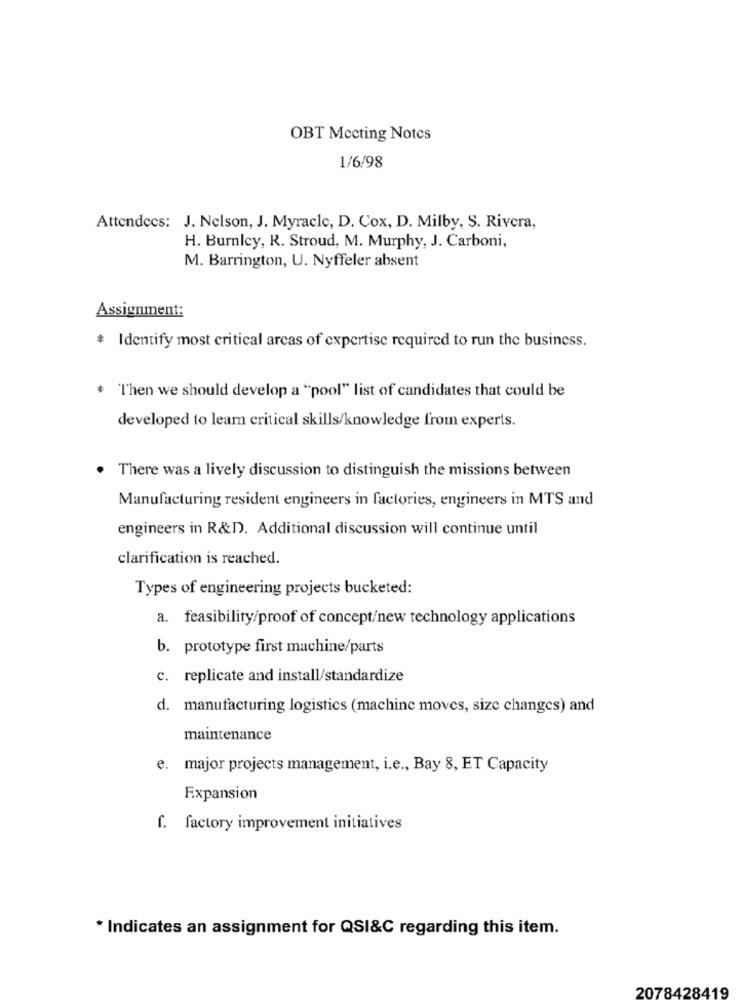
OBT Meeting Notes
1/6/98
Attendees: J. Nelson, J. Myracle, D. Cox, D. Milby, S. Rivera,
H. Burnley, R. Stroud, M. Murphy, J. Carboni,
M. Barrington, U. Nyffeler absent
Assignment:
* Identify most critical arcas of expertise required to run the business.
* "Then we should develop a "pool" list of candidates that could be
developed to learn critical skills/knowledge from experts.
There was a lively discussion to distinguish the missions between
Manufacturing resident engineers in factories, engineers in MTS and
engineers in R&D. Additional discussion will continue until
clarification is reached.
Types of engineering projects bucketed:
a. feasibility/proof of concept/new technology applications
b. prototype first machine/parts
c. replicate and install/standardize
d. manufacturing logistics (machine moves, size changes) and
maintenance
e. major projects management, i.e ., Bay 8, ET Capacity
Expansion
f. factory improvement initiatives
* Indicates an assignment for QSI&C regarding this item.
2078428419